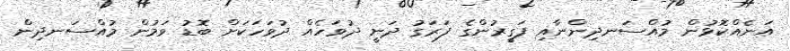
އަނެއްކޮޅުން މުއްސަނދިންނާއި ފަގީރުންގެ ފަރަގު ދަނީ ދުވަހެއް ދުވަހަކަށް ބޮޑު ވަމުން މުއްސަނދިން